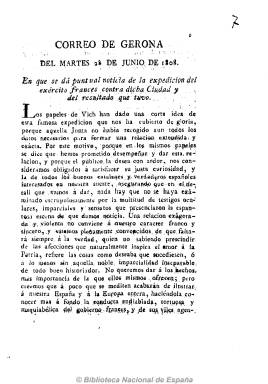
Título: Correo de Gerona
Colección: Periódicos anteriores a 1850
Ámbito geográfico: Gerona
Lugar de publicación: Gerona
Fechas: 28/06/1808-28/06/1808

Un único ejemplar fechado el 28 de junio de 1808, de 14 páginas, sin numerar y sin pie de imprenta, de carácter patriótico contra la invasión napoleónica, en el que se da puntual y extensa noticia de la expedición del ejército francés contra la ciudad de Gerona y del resultado de la misma.